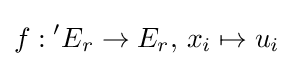
f:{}^{\prime }E_{r}\to E_{r},\,x_{i}\mapsto u_{i}